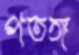
পতঙ্গ